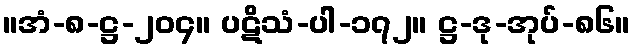
။အံ-၈-ဋ္ဌ-၂၀၄။ ပဋိသံ-ပါ-၁၇၂။ ဋ္ဌ-ဒု-အုပ်-၈၆။